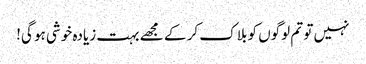
نہیں تو تم لوگوں کو بلاک کر کے مجھے بہت زیادہ خوشی ہو گی!